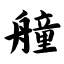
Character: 艟